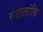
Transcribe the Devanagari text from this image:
सेहालांकि